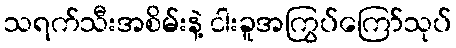
သရက်သီးအစိမ်းနဲ့ ငါးခူအကြွပ်ကြော်သုပ်